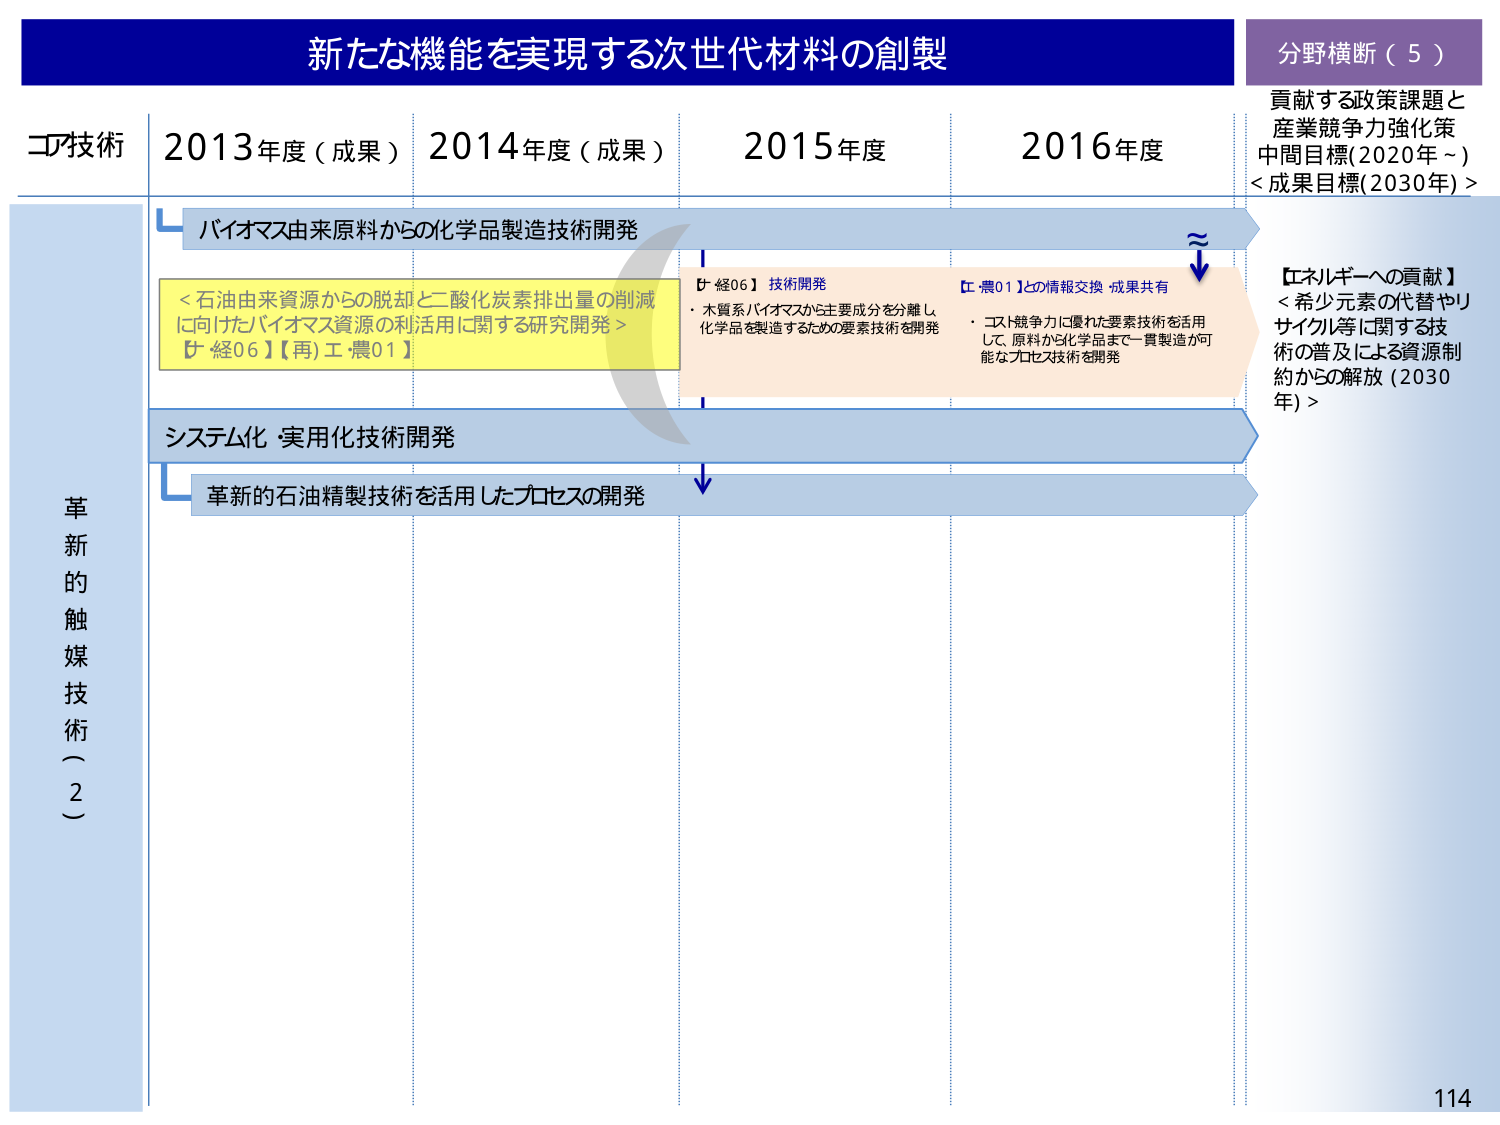
新たな機能を実現する次世代材料の創製

分野横断（5）
貢献する政策課題と
産業競争力強化策
中間目標(2020年～)
<成果目標(2030年)>

コア技術
2013年度（成果）
2014年度（成果）
2015年度
2016年度

革新的触媒技術（2）

バイオマス由来原料からの化学品製造技術開発

<石油由来資源からの脱却と二酸化炭素排出量の削減
に向けたバイオマス資源の利活用に関する研究開発>
【経06】【再)工・農01】

【経06】技術開発
・木質系バイオマスから主要成分を分離し、
化学品を製造するための要素技術を開発

【農01】との情報交換・成果共有
・コスト競争力に優れた要素技術を活用
して、原料から化学品まで一貫製造が可
能なプロセス技術を開発

システム化・実用化技術開発

革新的石油精製技術を活用したプロセスの開発

【エネルギーへの貢献】
<希少元素の代替やリ
サイクル等に関する技
術の普及による資源制
約からの解放（2030
年）>

114